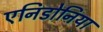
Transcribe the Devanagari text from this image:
एनिडोनिया